Problem: 5 × 9 = ?
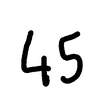
Handwritten answer: 45